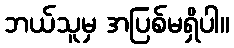
ဘယ်သူမှ အပြစ်မရှိပါ။